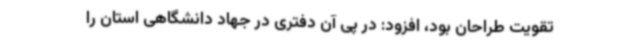
تقویت طراحان بود، افزود: در پی آن دفتری در جهاد دانشگاهی استان را